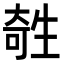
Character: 𤯱